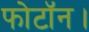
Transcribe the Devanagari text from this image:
फोटॉन।